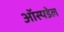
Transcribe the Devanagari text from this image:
ऑस्पडेल